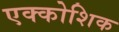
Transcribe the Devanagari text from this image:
एक्कोशिक